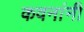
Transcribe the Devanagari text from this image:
कवनांनी